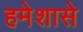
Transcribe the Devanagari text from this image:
हमेशासे